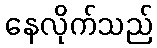
နေလိုက်သည်